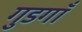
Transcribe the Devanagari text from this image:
गुडगाँ